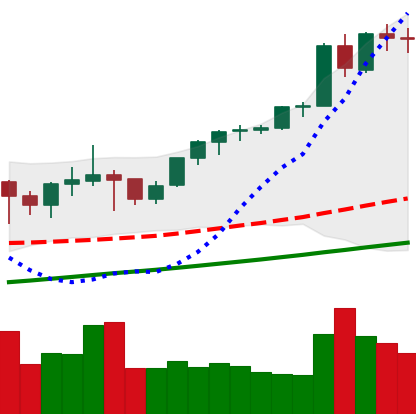
Ticker: ETH-USD
Chart end date: 2021-05-07
Forward return: 8.641%
Label: up_7plus